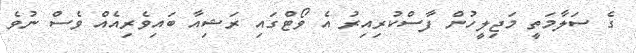
ގެ ސަލާމަތީ މަޖިލީހުން ފާސްކުރިއިރު އެ ވޯޓްގައި ރަޝިއާ ބައިވެރިއެއް ވެސް ނުވެ